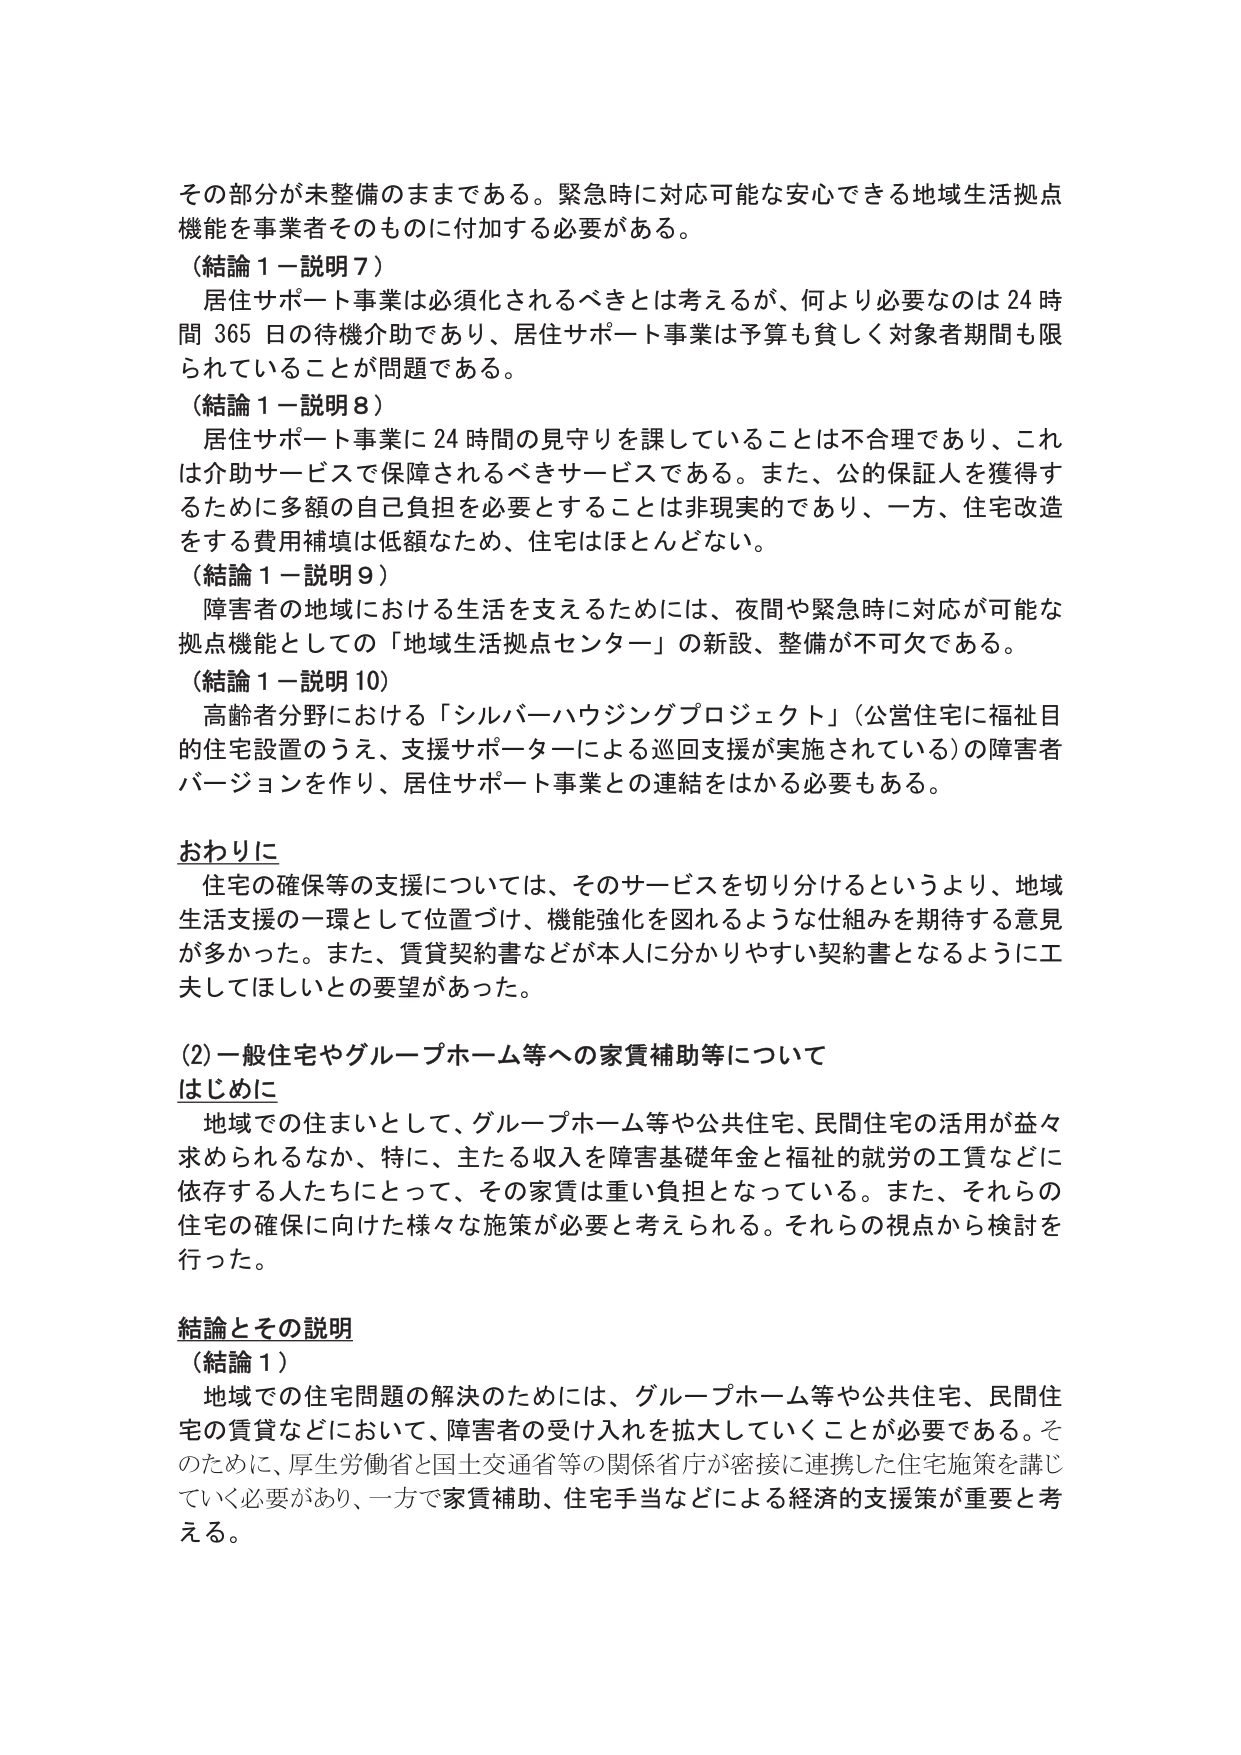
その部分が未整備のままである。緊急時に対応可能な安心できる地域生活拠点機能を事業者そのものに付加する必要がある。

（結論１－説明７）
居住サポート事業は必須化されるべきとは考えるが、何より必要なのは24時間365日の待機介助であり、居住サポート事業は予算も貧しく対象者期間も限られていることが問題である。

（結論１－説明８）
居住サポート事業に24時間の見守りを課していることは不合理であり、これは介助サービスで保障されるべきサービスである。また、公的保証人を獲得するために多額の自己負担を必要とすることは非現実的であり、一方、住宅改造をする費用補填は低額なため、住宅はほとんどない。

（結論１－説明９）
障害者の地域における生活を支えるためには、夜間や緊急時に対応が可能な拠点機能としての「地域生活拠点センター」の新設、整備が不可欠である。

（結論１－説明10）
高齢者分野における「シルバーハウジングプロジェクト」（公営住宅に福祉目的の住宅設置のうえ、支援サポーターによる巡回支援が実施されている）の障害者バージョンを作り、居住サポート事業との連結をはかる必要もある。

おわりに
住宅の確保等の支援については、そのサービスを切り分けるというより、地域生活支援の一環として位置づけ、機能強化を図れるような仕組みを期待する意見が多かった。また、賃貸契約書などが本人に分かりやすい契約書となるように工夫してほしいとの要望があった。

(2) 一般住宅やグループホーム等への家賃補助等について
はじめに
地域での住まいとして、グループホーム等や公共住宅、民間住宅の活用が益々求められるなか、特に、主たる収入を障害基礎年金と福祉的就労の工賃などに依存する人たちにとって、その家賃は重い負担となっている。また、それらの住宅の確保に向けた様々な施策が必要と考えられる。それらの視点から検討を行った。

結論とその説明
（結論１）
地域での住宅問題の解決のためには、グループホーム等や公共住宅、民間住宅の賃貸などにおいて、障害者の受け入れを拡大していくことが必要である。そのためには、厚生労働省と国土交通省等の関係省庁が密接に連携した住宅施策を講じていく必要があり、一方で家賃補助、住宅手当などによる経済的支援策が重要と考える。